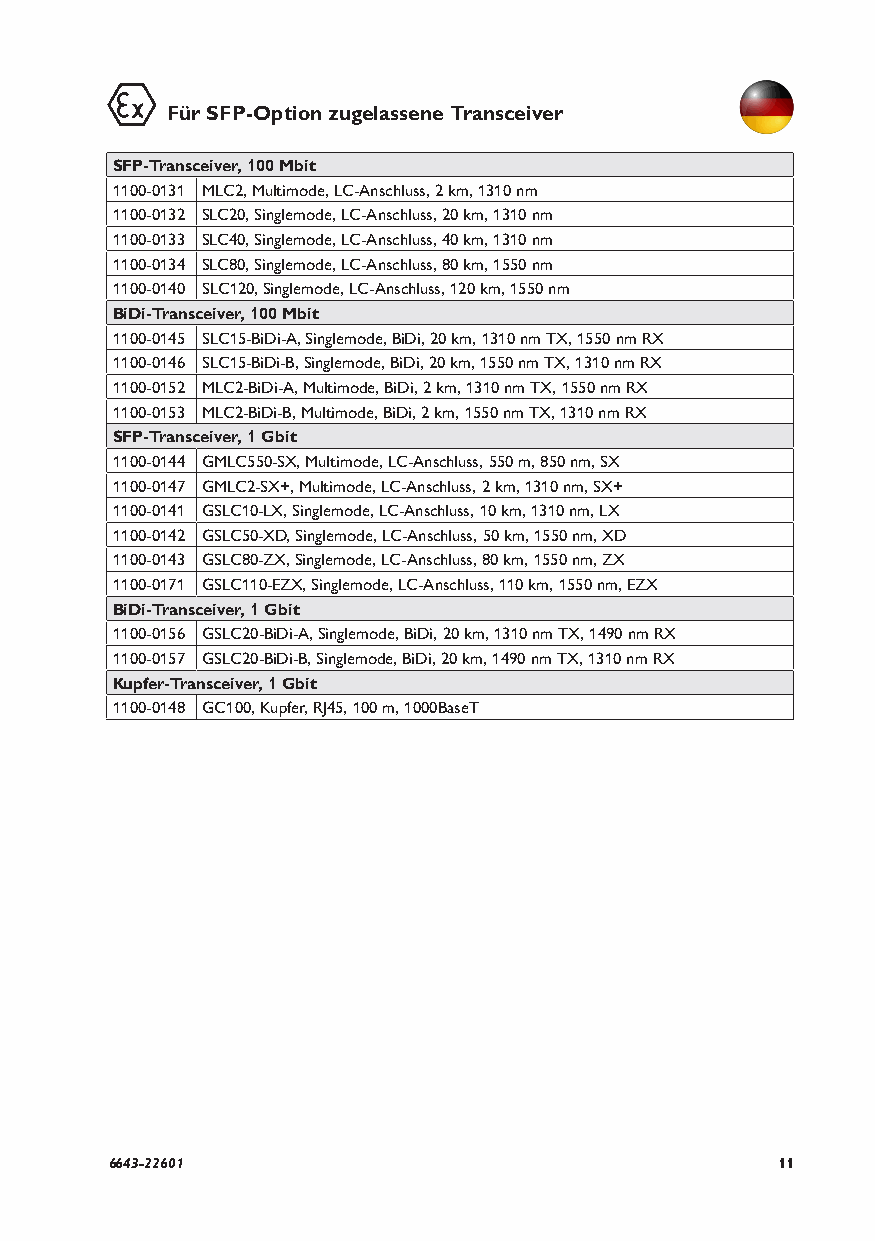
Für SFP-Option zugelassene Transceiver
 SFP-Transceiver, 100 Mbit
 1100-0131 MLC2, Multimode, LC-Anschluss, 2 km, 1310 nm
 1100-0132 SLC20, Singlemode, LC-Anschluss, 20 km, 1310 nm
 1100-0133 SLC40, Singlemode, LC-Anschluss, 40 km, 1310 nm
 1100-0134 SLC80, Singlemode, LC-Anschluss, 80 km, 1550 nm
 1100-0140 SLC120, Singlemode, LC-Anschluss, 120 km, 1550 nm
 BiDi-Transceiver, 100 Mbit
 1100-0145 SLC15-BiDi-A, Singlemode, BiDi, 20 km, 1310 nm TX, 1550 nm RX
 1100-0146 SLC15-BiDi-B, Singlemode, BiDi, 20 km, 1550 nm TX, 1310 nm RX
 1100-0152 MLC2-BiDi-A, Multimode, BiDi, 2 km, 1310 nm TX, 1550 nm RX
 1100-0153 MLC2-BiDi-B, Multimode, BiDi, 2 km, 1550 nm TX, 1310 nm RX
 SFP-Transceiver, 1 Gbit
 1100-0144 GMLC550-SX, Multimode, LC-Anschluss, 550 m, 850 nm, SX
 1100-0147 GMLC2-SX+, Multimode, LC-Anschluss, 2 km, 1310 nm, SX+
 1100-0141 GSLC10-LX, Singlemode, LC-Anschluss, 10 km, 1310 nm, LX
 1100-0142 GSLC50-XD, Singlemode, LC-Anschluss, 50 km, 1550 nm, XD
 1100-0143 GSLC80-ZX, Singlemode, LC-Anschluss, 80 km, 1550 nm, ZX
 1100-0171 GSLC110-EZX, Singlemode, LC-Anschluss, 110 km, 1550 nm, EZX
 BiDi-Transceiver, 1 Gbit
 1100-0156 GSLC20-BiDi-A, Singlemode, BiDi, 20 km, 1310 nm TX, 1490 nm RX
 1100-0157 GSLC20-BiDi-B, Singlemode, BiDi, 20 km, 1490 nm TX, 1310 nm RX
 Kupfer-Transceiver, 1 Gbit
 1100-0148 GC100, Kupfer, RJ45, 100 m, 1000BaseT
 6643-22601                                  11